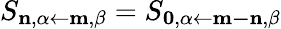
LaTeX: S_{\mathbf{n},\alpha\leftarrow\mathbf{m},\beta}=S_{\mathbf{0},\alpha\leftarrow\mathbf{m-n},\beta}